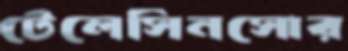
টেলেসিনসোর